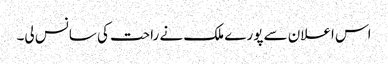
اس اعلان سے پورے ملک نے راحت کی سانس لی۔